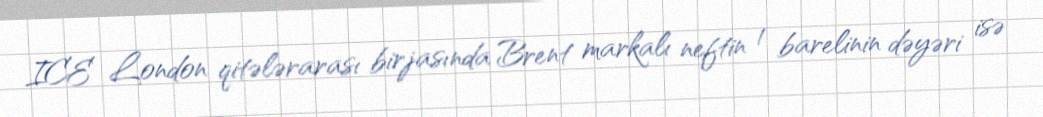
ICE London qitələrarası birjasında Brent markalı neftin 1 barelinin dəyəri isə